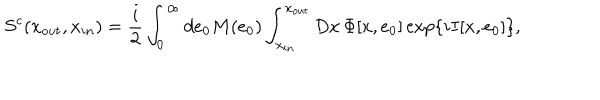
S ^ { c } ( x _ { o u t } , x _ { i n } ) = \frac { i } { 2 } \int _ { 0 } ^ { \infty } d e _ { 0 } M ( e _ { 0 } ) \int _ { x _ { i n } } ^ { x _ { o u t } } D x \, \Phi [ x , e _ { 0 } ] \exp \left\{ i I [ x , e _ { 0 } ] \right\} ,